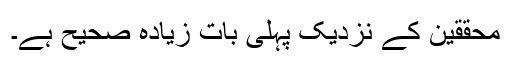
محققین کے نزدیک پہلی بات زیادہ صحیح ہے۔